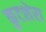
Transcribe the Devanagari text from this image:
कुटशेरा